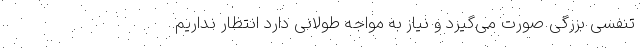
تنفسی بزرگی صورت می‌گیرد و نیاز به مواجه طولانی دارد انتظار نداریم